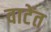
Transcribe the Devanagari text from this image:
वाटेंत